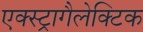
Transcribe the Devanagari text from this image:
एक्स्ट्रागैलेक्टिक